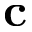
\mathbf { c }